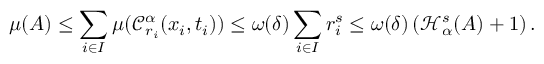
\mu ( A ) \leq \sum _ { i \in I } \mu ( \mathcal { C } _ { r _ { i } } ^ { \alpha } ( x _ { i } , t _ { i } ) ) \leq \omega ( \delta ) \sum _ { i \in I } r _ { i } ^ { s } \leq \omega ( \delta ) \left( \mathcal { H } _ { \alpha } ^ { s } ( A ) + 1 \right) .